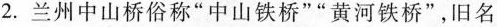
2.兰州中山桥俗称”中山铁桥””黄河铁桥”，旧名